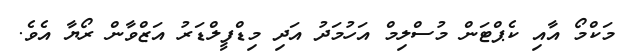
މަކްމޯ އާއި ކެޕްޓަން މުސްލިމް އަހުމަދު އަދި މިޑްފީލްޑަރު އަޒްވާން ރޯޔާ އެވެ.